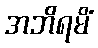
အဘိရမိံ